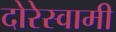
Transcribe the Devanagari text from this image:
दोरेस्वामी